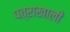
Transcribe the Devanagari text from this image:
पत्राखाली